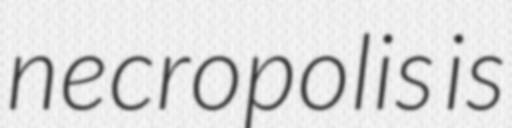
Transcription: necropolis is